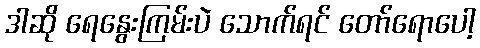
ဒါဆို ရေနွေးကြမ်းပဲ သောက်ရင် တော်ရောပေါ့